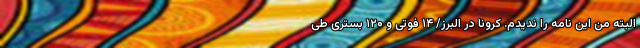
البته من این نامه را ندیدم. کرونا در البرز/ ۱۴ فوتی و ۱۲۰ بستری طی